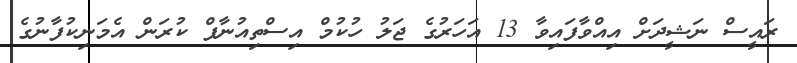
ރައީސް ނަޝީދަށް އިއްވާފައިވާ 13 އަހަރުގެ ޖަލު ހުކުމް އިސްތިއުނާފް ކުރަން އެމަނިކުފާނުގެ